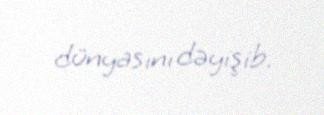
dünyasını dəyişib.